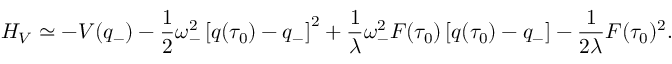
H _ { V } \simeq - V ( q _ { - } ) - { \frac { 1 } { 2 } } \omega _ { - } ^ { 2 } \left[ q ( \tau _ { 0 } ) - q _ { - } \right] ^ { 2 } + { \frac { 1 } { \lambda } } \omega _ { - } ^ { 2 } F ( \tau _ { 0 } ) \left[ q ( \tau _ { 0 } ) - q _ { - } \right] - { \frac { 1 } { 2 \lambda } } F ( \tau _ { 0 } ) ^ { 2 } .